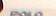
polo